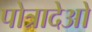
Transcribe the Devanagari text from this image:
पोत्रादेओ